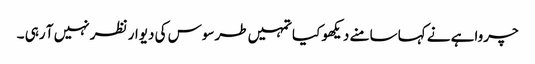
چرواہے نے کہا سامنے دیکھو کیا تمہیں طرسوس کی دیوار نظر نہیں آ رہی ۔